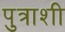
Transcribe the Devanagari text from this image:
पुत्राशी